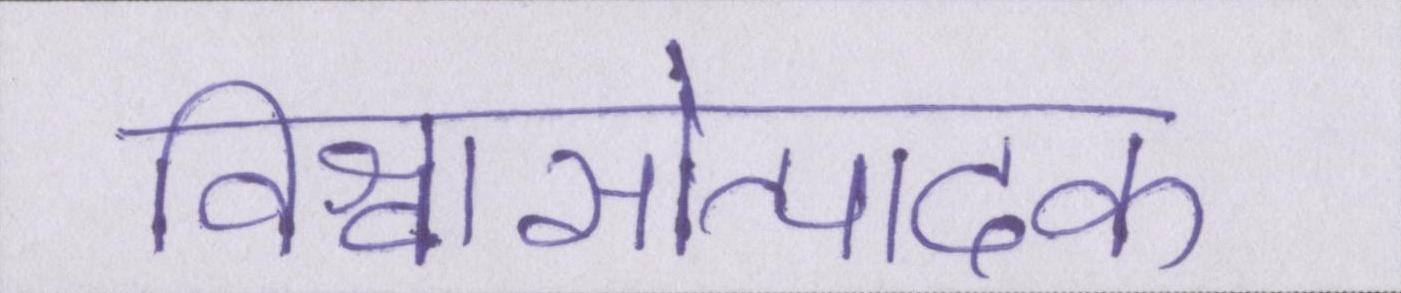
विश्वासोत्पादक